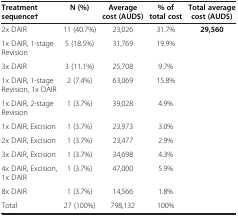
<table><thead><tr><td><b>Treatment sequence†</b></td><td><b>N (%)</b></td><td><b>Average cost (AUD$)</b></td><td><b>% of total cost</b></td><td><b>Total average cost (AUD$)</b></td></tr></thead><tbody><tr><td>2x DAIR</td><td>11 (40.7%)</td><td>23,026</td><td>31.7%</td><td rowspan="10"><b>29,560</b></td></tr><tr><td>1x DAIR, 1-stage Revision</td><td>5 (18.5%)</td><td>31,769</td><td>19.9%</td></tr><tr><td>3x DAIR</td><td>3 (11.1%)</td><td>25,708</td><td>9.7%</td></tr><tr><td>1x DAIR, 1-stage Revision, 1x DAIR</td><td>2 (7.4%)</td><td>63,069</td><td>15.8%</td></tr><tr><td>1x DAIR, 2-stage Revision</td><td>1 (3.7%)</td><td>39,028</td><td>4.9%</td></tr><tr><td>1x DAIR, Excision</td><td>1 (3.7%)</td><td>23,973</td><td>3.0%</td></tr><tr><td>2x DAIR, Excision</td><td>1 (3.7%)</td><td>23,477</td><td>2.9%</td></tr><tr><td>3x DAIR, Excision</td><td>1 (3.7%)</td><td>34,698</td><td>4.3%</td></tr><tr><td>4x DAIR, Excision, 1x DAIR</td><td>1 (3.7%)</td><td>47,000</td><td>5.9%</td></tr><tr><td>8x DAIR</td><td>1 (3.7%)</td><td>14,566</td><td>1.8%</td></tr><tr><td>Total</td><td>27 (100%)</td><td>798,132</td><td>100%</td><td> </td></tr></tbody></table>